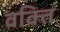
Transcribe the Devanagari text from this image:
वक्ति